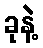
ခုနဲ့